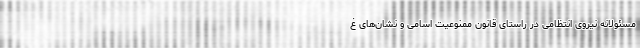
مسئولانه نیروی انتظامی در راستای قانون ممنوعیت اسامی و نشان‌های غ